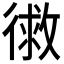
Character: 𭛾